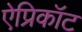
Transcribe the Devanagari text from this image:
ऐप्रिकॉट